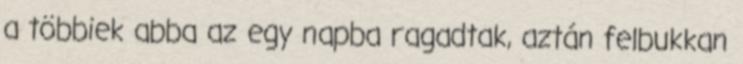
a többiek abba az egy napba ragadtak, aztán felbukkan